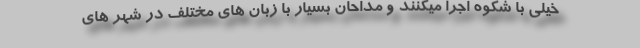
خیلی با شکوه اجرا میکنند و مداحان بسیار با زبان های مختلف در شهر های